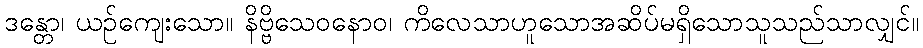
ဒန္တော၊ ယဉ်ကျေးသော။ နိဗ္ဗိသေဝနောဝ၊ ကိလေသာဟူသောအဆိပ်မရှိသောသူသည်သာလျှင်။